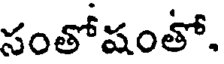
సంతోషంతో.